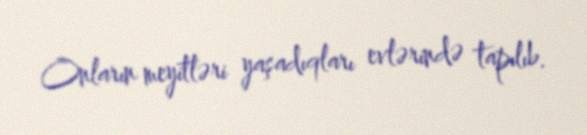
Onların meyitləri yaşadıqları evlərində tapılıb.